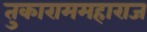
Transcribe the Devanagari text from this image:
तुकाराममहाराज